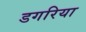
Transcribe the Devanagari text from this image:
डगरिया